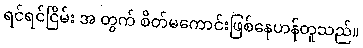
ရင်ရင်ငြိမ်း အ တွက် စိတ်မကောင်းဖြစ်နေဟန်တူသည်။